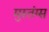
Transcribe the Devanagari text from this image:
मुस्तंग्स